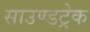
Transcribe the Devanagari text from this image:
साउण्डट्रेक